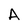
Character: A